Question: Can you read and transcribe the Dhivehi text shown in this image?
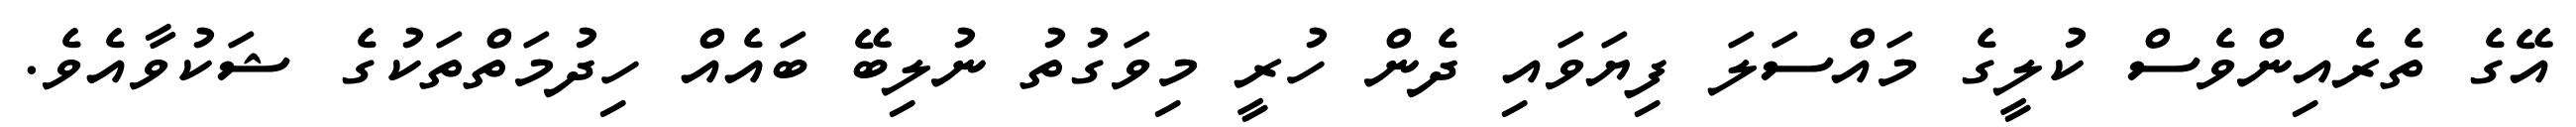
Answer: އޭގެ ތެރެއިންވެސް ކުލީގެ މައްސަލަ ފިޔަވައި ދެން ހުރީ މިވަގުތު ނުލިބޭ ބައެއް ހިދުމަތްތަކުގެ ޝަކުވާއެވެ.